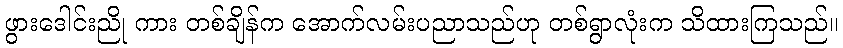
ဖွားဒေါင်းညို ကား တစ်ချိန်က အောက်လမ်းပညာသည်ဟု တစ်ရွာလုံးက သိထားကြသည်။